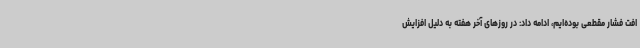
افت فشار مقطعی بوده‌ایم، ادامه داد: در روزهای آخر هفته به دلیل افزایش